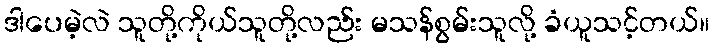
ဒါပေမဲ့လဲ သူတို့ကိုယ်သူတို့လည်း မသန်စွမ်းသူလို့ ခံယူသင့်တယ်။